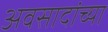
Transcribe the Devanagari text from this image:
अवसादांच्या